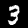
Digit: 3